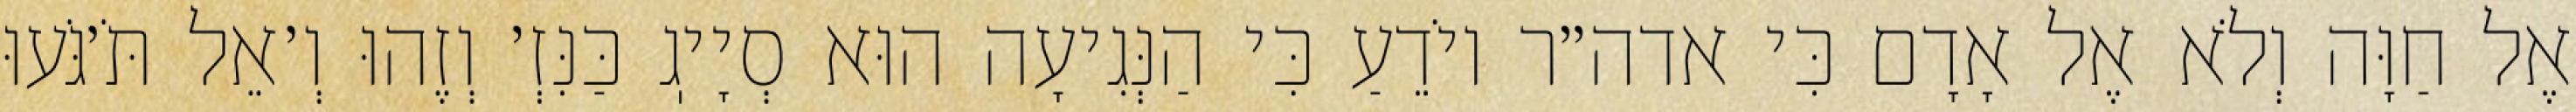
אֶל חַוָּה וְלֹא אֶל אָדָם כִּי אדה״ר יוֹדֵעַ כִּי הַנְּגִיעָה הוּא סְיָיֽג כַּנִּזְ׳ וְזֶהוּ וְ׳אֵל תֹּ׳גֹּעוּ